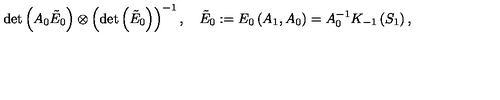
\det \left( A _ { 0 } \tilde { E } _ { 0 } \right) \otimes \left( \det \left( \tilde { E } _ { 0 } \right) \right) ^ { - 1 } , \quad \tilde { E } _ { 0 } : = E _ { 0 } \left( A _ { 1 } , A _ { 0 } \right) = A _ { 0 } ^ { - 1 } K _ { - 1 } \left( S _ { 1 } \right) ,